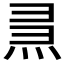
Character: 𤈗